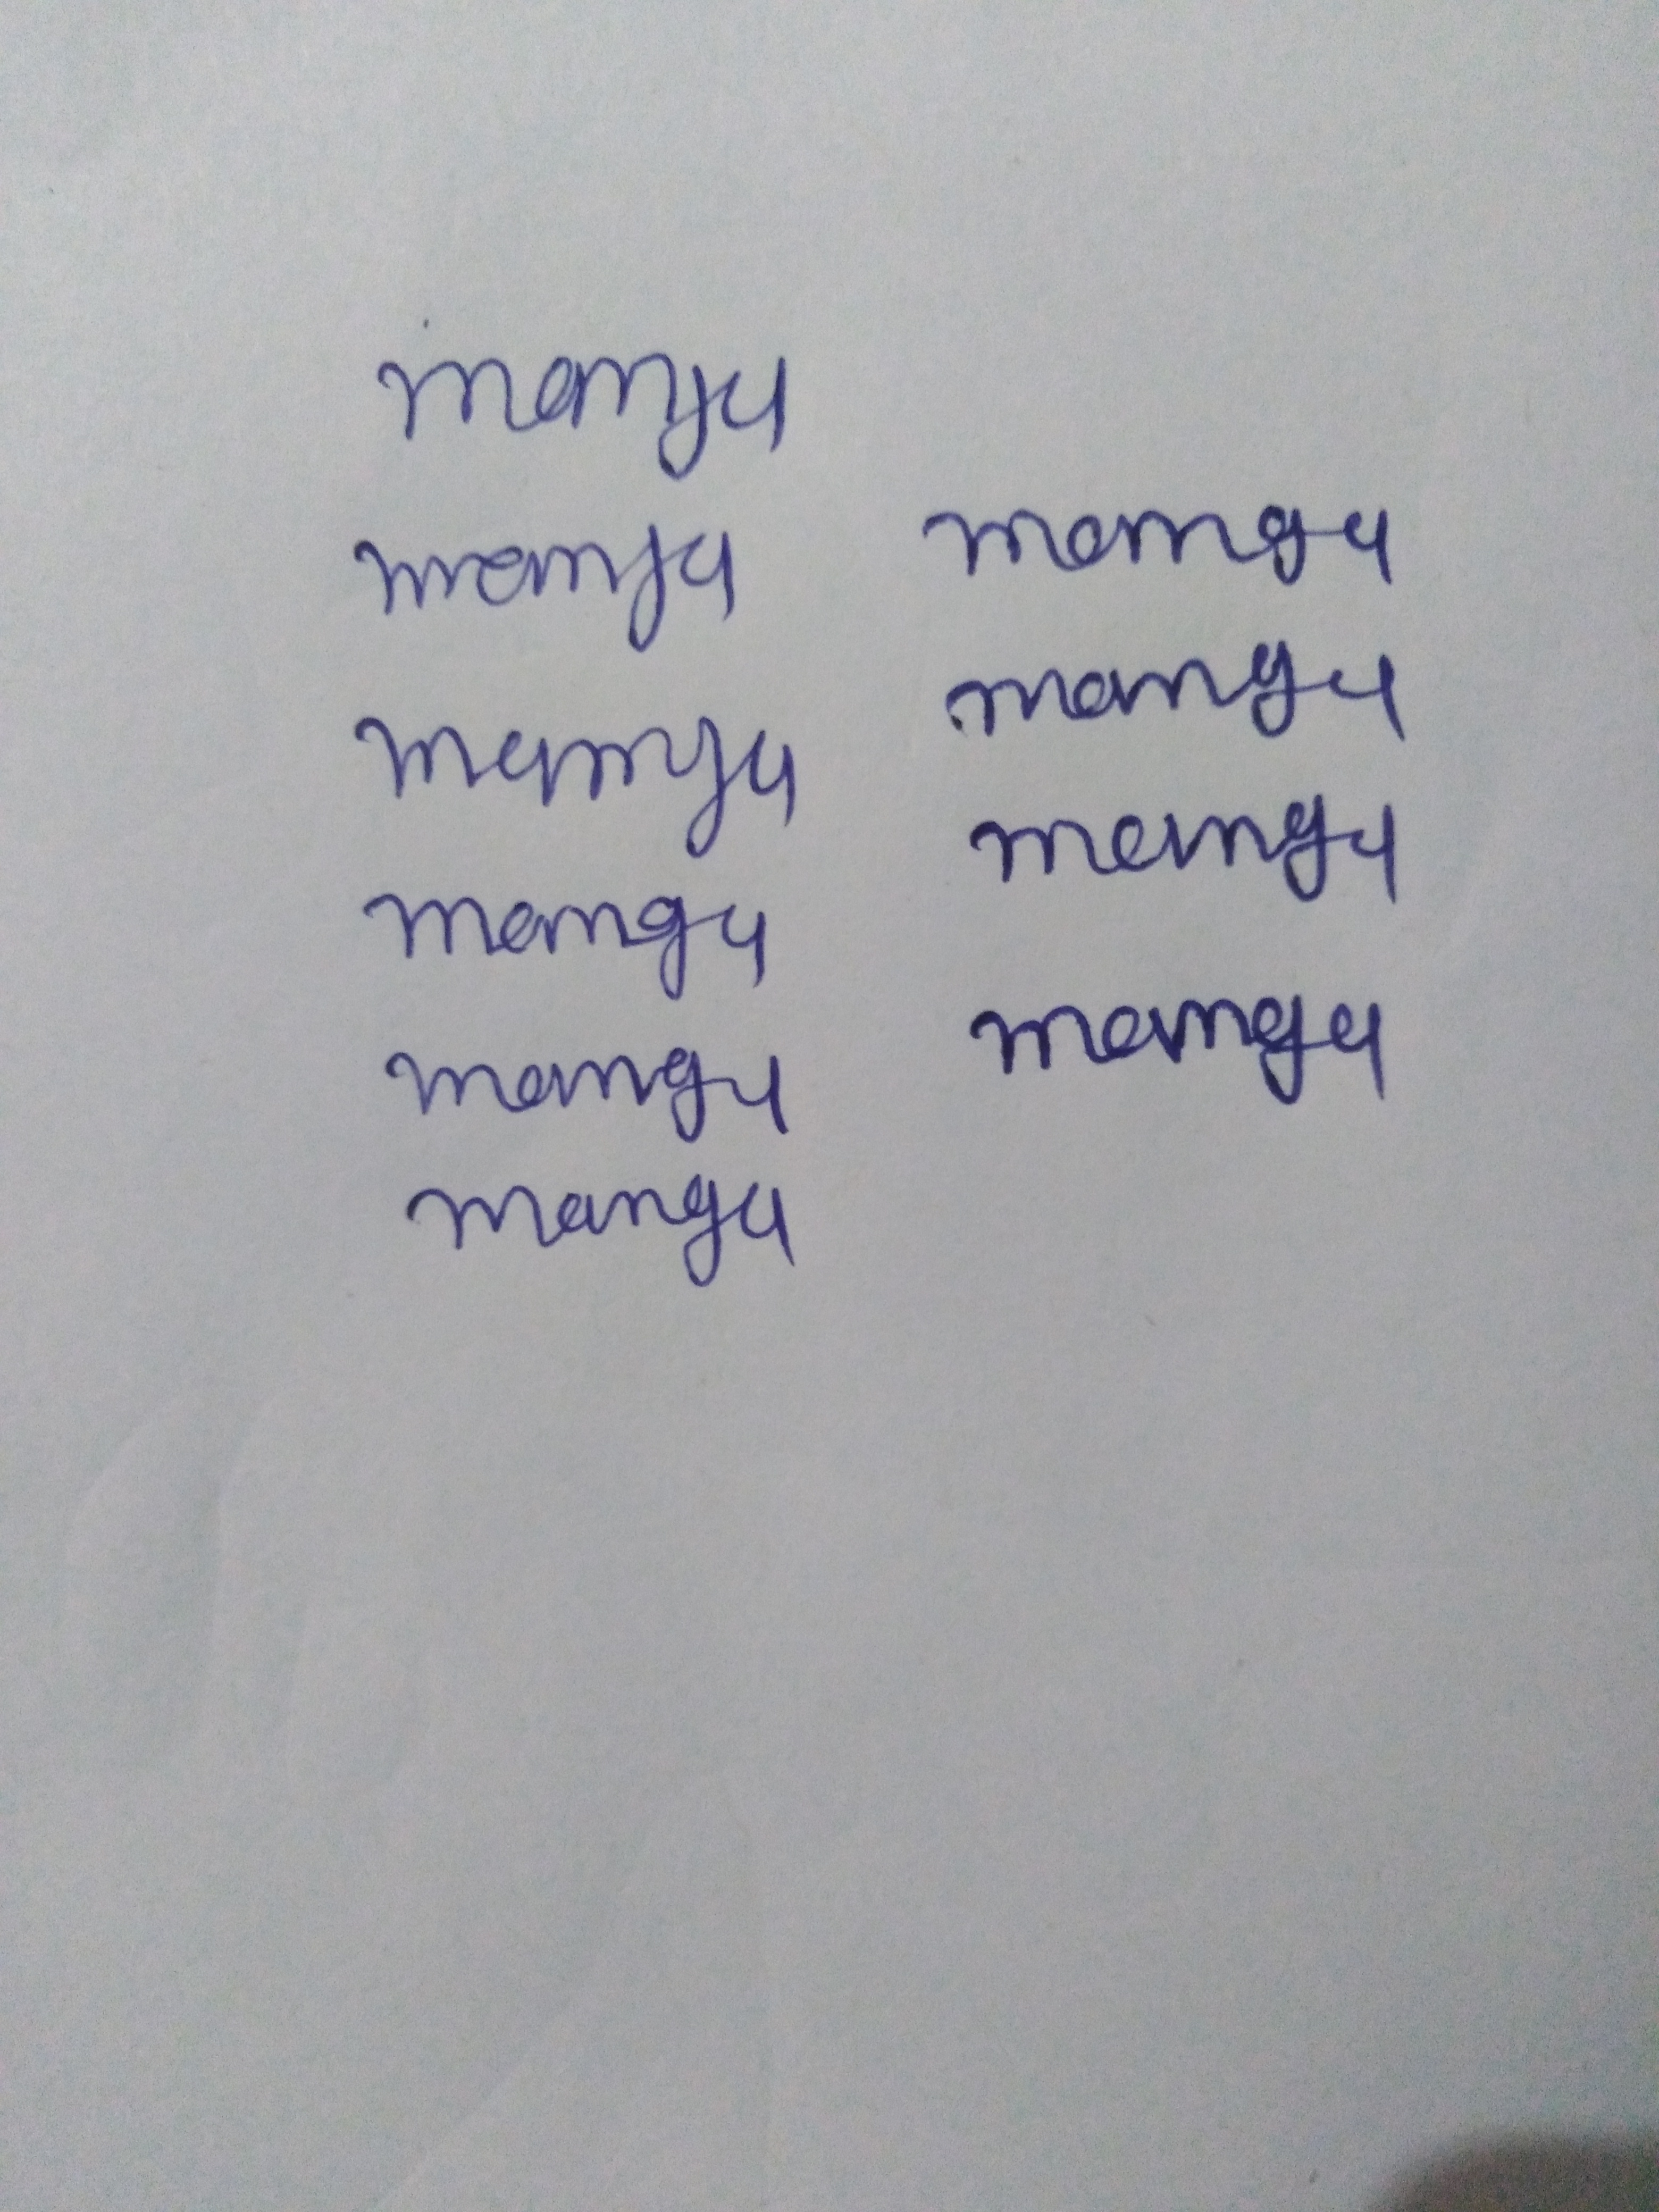
Signature authenticity: forged